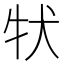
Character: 𤘲